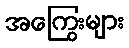
အကြွေးများ